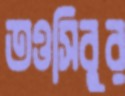
তওসিবুর